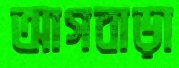
আগবাড়া